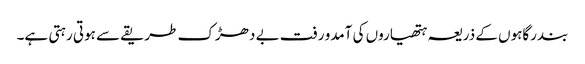
بندرگاہوں کے ذریعہ ہتھیاروں کی آمدو رفت بے دھڑک طریقے سے ہوتی رہتی ہے۔